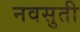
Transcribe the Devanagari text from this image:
नवसुती